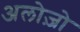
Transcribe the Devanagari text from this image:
अलोज़ो